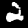
Label: 2